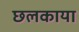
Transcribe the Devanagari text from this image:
छलकाया